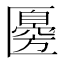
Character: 𠥣